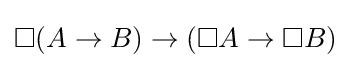
\Box (A\to B)\to (\Box A\to \Box B)